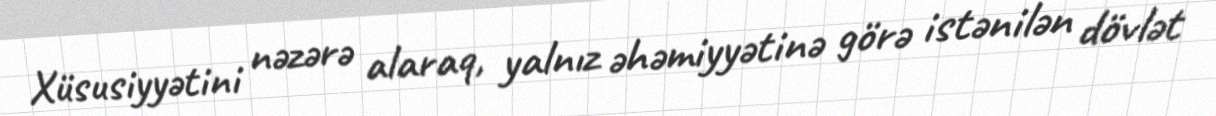
Xüsusiyyətini nəzərə alaraq, yalnız əhəmiyyətinə görə istənilən dövlət